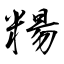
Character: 糃